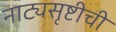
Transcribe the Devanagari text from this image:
नाट्यसृष्टीची